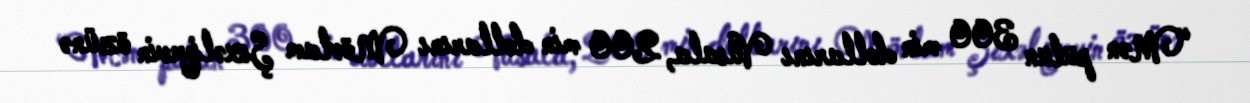
“Mən pulun 300 min dollarını Vüsala, 200 min dollarını Mövlam Şıxəliyevin özünə